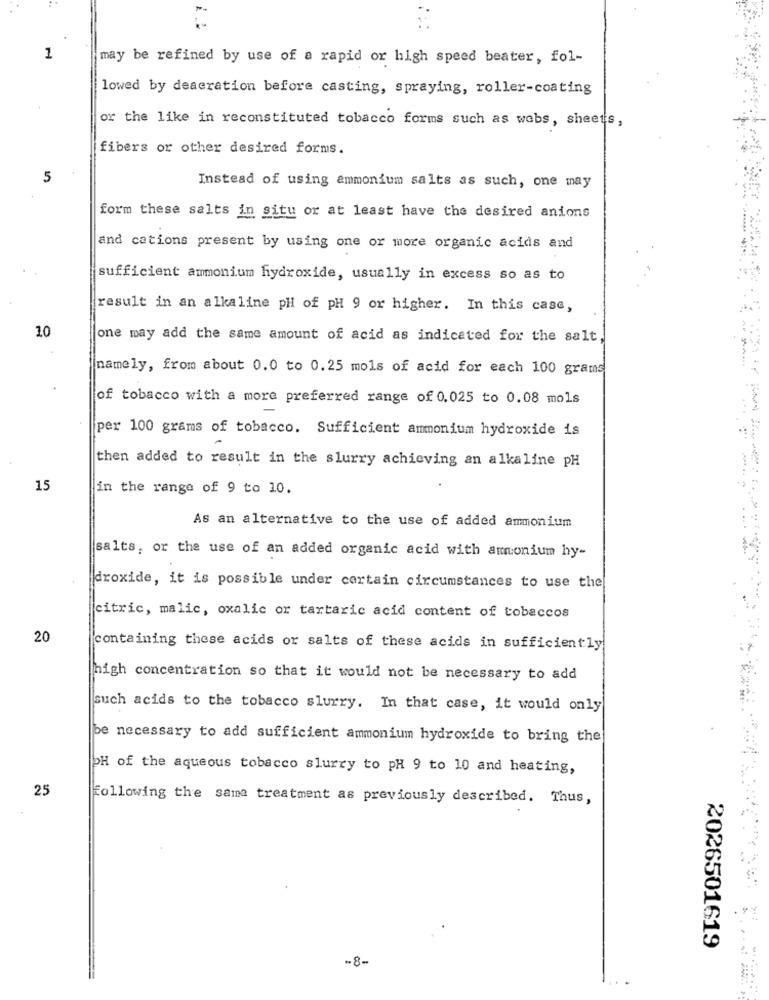
1
may be refined by use of a rapid or high speed beater, fol-
lowed by deaeration before casting, spraying, roller-coating
or the like in reconstituted tobacco forms such as webs, sheets,
fibers or other desired forms.
5
Instead of using ammonium salts as such, one may
form these salts in situ or at least have the desired anions
and cations present by using one or more organic acids and
sufficient ammonium hydroxide, usually in excess so as to
result in an alkaline pH of pH 9 or higher. In this case,
10
one may add the same amount of acid as indicated for the salt
namely, from about 0.0 to 0.25 mols of acid for each 100 grams
of tobacco with a more preferred range of 0.025 to 0.08 mols
per 100 grams of tobacco. Sufficient ammonium hydroxide is
then added to result in the slurry achieving an alkaline pH
15
in the range of 9 to 10.
...
As an alternative to the use of added ammonium
salts, or the use of an added organic acid with ammonium hy-
droxide, it is possible under certain circumstances to use the
citric, malic, oxalic or tartaric acid content of tobaccos
20
containing these acids or salts of these acids in sufficiently
high concentration so that it would not be necessary to add
such acids to the tobacco slurry. In that case, it would only
be necessary to add sufficient ammonium hydroxide to bring the
OH of the aqueous tobacco slurry to PH 9 to 10 and heating,
25
Following the same treatment as previously described. Thus,
2026501619
-8-
. .